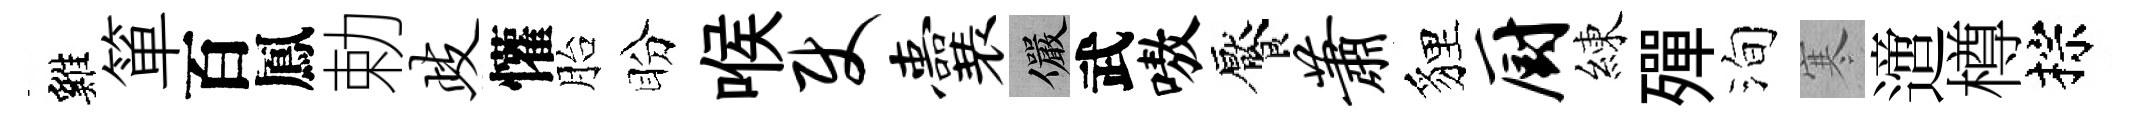
雞箪百鳳勅歧懽胎盼喉使囊儼武嗷饜萧貍厨練殫洵寒𨗁樽棕